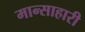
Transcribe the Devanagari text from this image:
मान्साहारी